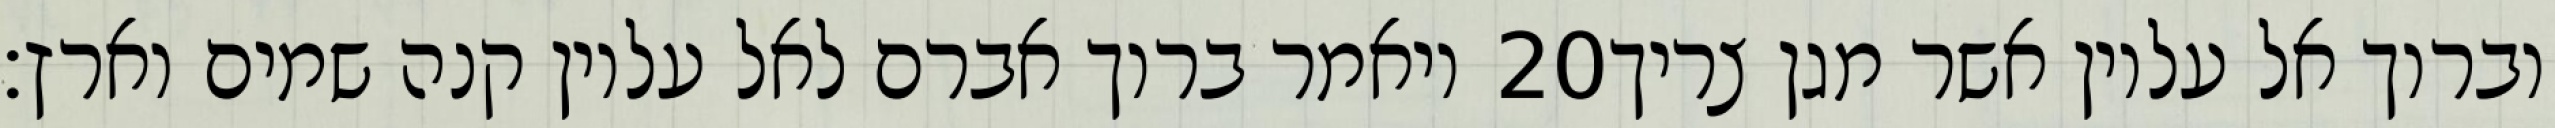
ויאמר ברוך אברם לאל עליון קנה שמים וארץ׃ ‎20‏ וברוך אל עליון אשר מגן צריך